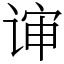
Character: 谉